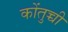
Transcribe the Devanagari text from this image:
कोंतुच्ची